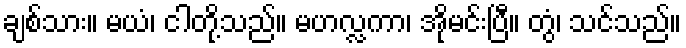
ချစ်သား။ မယံ၊ ငါတို့သည်။ မဟလ္လကာ၊ အိုမင်းပြီ။ တွံ၊ သင်သည်။